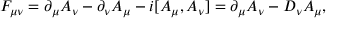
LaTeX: F _ { \mu \nu } = \partial _ { \mu } A _ { \nu } - \partial _ { \nu } A _ { \mu } - i [ A _ { \mu } , A _ { \nu } ] = \partial _ { \mu } A _ { \nu } - D _ { \nu } A _ { \mu } ,